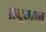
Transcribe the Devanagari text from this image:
प्रदूमन